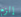
إلزم